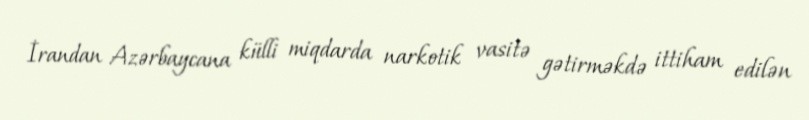
İrandan Azərbaycana külli miqdarda narkotik vasitə gətirməkdə ittiham edilən